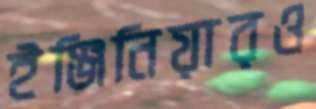
ইঞ্জিনিয়ারও